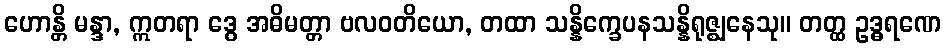
ဟောန္တိ မန္ဒာ, ဣတရာ ဒွေ အဓိမတ္တာ ဗလဝတိယော, တထာ သန္နိက္ခေပနသန္နိရုဇ္ဈနေသု။ တတ္ထ ဥဒ္ဓရဏေ